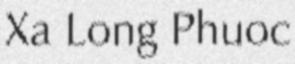
Xa Long Phuoc